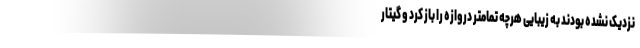
نزدیک نشده بودند به زیبایی هرچه تمامتر دروازه را باز کرد و گیتار